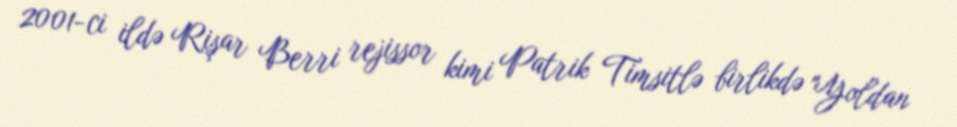
2001-ci ildə Rişar Berri rejissor kimi Patrik Timsitlə birlikdə "Yoldan